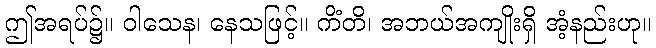
ဤအရပ်၌။ ဝါသေန၊ နေသဖြင့်။ ကိံတိ၊ အဘယ်အကျိုးရှိ အံ့နည်းဟု။